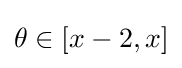
\theta \in [x-2,x]